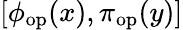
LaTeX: [\phi_{\mathrm{op}}(x),\pi_{\mathrm{op}}(y)]